Leaving Certificate, 1897
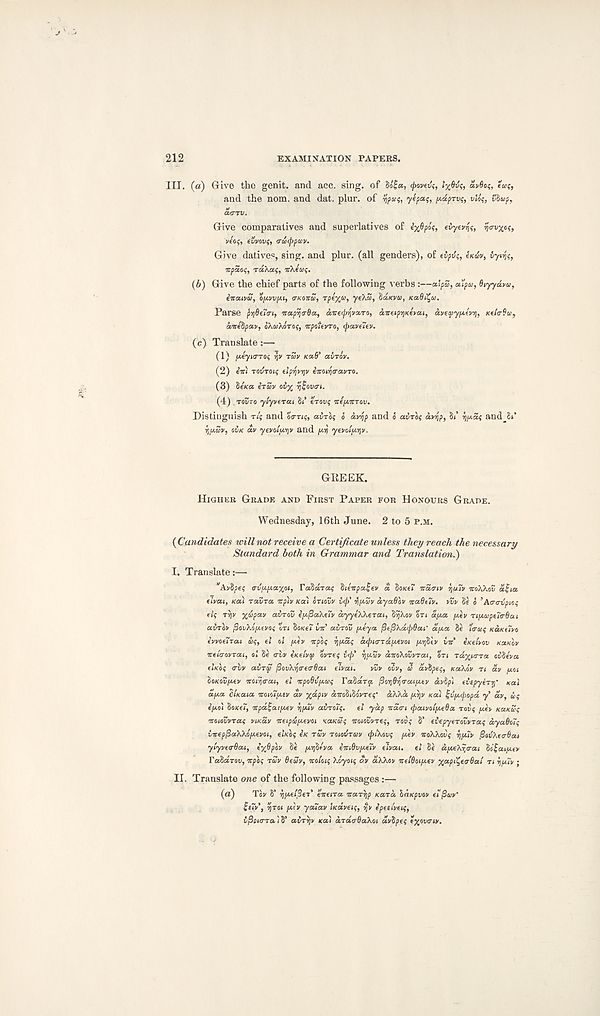
212
EXAMINATION PAPERS.
III. (a) Give the genit. and acc. sing, of
flovevs,
avflo;,
and the nom. and dat. plur. of
yepa;, y-dpryq, vloq, vlap,
a<rrv.
Give comparatives and superlatives of lyfip&q, evyevjq, ijcrvxoq,
veoq, euyovq, (raxppuv.
Give dative=, sing, and plur. (all genders), of tvpvq, Udv, iy^q,
Tupdoq, rdiXaq, TtXfoiq.
(6) Give the chief parts of the following verbs :—alp5, aUpa, Oiyydvu,
inaivu, C/AW/AI, O-KOICU, rpexa, yeXS, SCAKVO, KaBi^co.
Parse pydeio-i, %a.pri<rda, aire^njxaro, SnreiprjKevai, dveayfAti/y, Ktia-Qu,
aire8pai/f oXaXoToq, icpoievro, (paveten.
(c) Translate:—
(1) fteyurro; yv TZV KCAB' avrov.
(2) €iri rovroiq fipyvyv iiroiyo-ea/TO.
(3) SeVa erZy ov% fjEovtri.
(4) . Tot/ro ylyveTai Si’ erovq icefAitTov.
Distinguish T/J and otrnq, avroq o dv-fip and o avToq dvrip, 8/ ijfAaq and 8t’
■qy.Zy, OVK av yevoiiAViv and /Ayj yeyoljArjv,
GREEK.
HIGH KB GRADE AND FIRST PAPER FOR HONOURS GRADE.
Wednesday, 16th June. 2 to 5 P.M.
{Candidates tcillnot receive a Certificate unless they reach the necessary
Standard both in Grammar and Translation.')
I. Translate:—
"Avipeq tnSfAjAotxoi, FaScczccq 8ieirptz£ev d hasti iraa-iv rjuiy icoXKov aEia,
fivai, sal ToivTa np'iv KO\ oriavv i(p' v\y.Zv ayotOlv naQuv. yvv 8s a ’Aa-trvpicq
eiq TYjv x^p av avTav ijApaXeiv ayyi'/Xerat,
on a,was fiy TtiAupeio-dai
airly fiov'kojAtvoq art SoKel - ini airov yeya j3t(3\dp8ai' ay.a 8s ‘troiq KUKtlvo
ivvotlrai aq, el ol yev tcplq ryAaq api<ndyevoi /Arjltv Lie eselyov KUKIV
ireia-ovTou, ol 8s triv eselvcp ovreq ip' rjaZy duoXovyrat, on rdy^ima oil tv a.
elsoq crlv aira povX'qa-tc-Bai eivai.
vZv ovv, a avtipeq, KaXov n ay yoi
loKoZyev icoiqarai, el otpoOtl/Atoq PaSaT^t fioyOriiruifAtv dvlpl evepyerr)' sal
aya clsaia voioiyev av x i *P ,v duoltlovreq' dXXa yr)V sal ijvypopd y ay, uq
eyo\ loKti, irpd!;a(yev iiyiv avrotq. el yap nan paiyolyeda rovq yev KattZq
TtoioZvraq visas oceipt&yevoi KasSq itoioZvreq, rovq 8’ evepyerovvraq ayaOoZq
iiceppaXXoyevoi, elsoq is rZv roiovrav piXovq yev noXXovq r\yiv fioiXecOai
yiyvttrOai, eyQpov 8s yyltva, eniOvyeZv eivai. el 8s dyeXrpai M£atyev
raldrov, ocplq rZv 8euv, voioiq Xoyoiq av aXXov oceldoiyev x a P^<r6al n i)y7v ;
II. Translate one of the following passages :—
(a)
Tov S’ TjyelSer' eneira naryp sard, laspvov ei'(}ov‘
Se7y', riroi y<v youav iKaveiq, vjv epeeiveiq,
ifioiara 1 S’ airrjv sa) ardtrBaXoi dvSpeq txovnv.